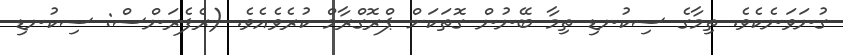
ގުނަވަނެކެވެ. ތިމާގެ ސިކުނޑި ތިމާ ބޭނުން ގޮތަކަށް ޕްރޮގްރާމް ކުރެވެއެވެ. (ރެފެރަންސް: ސިކުނޑި